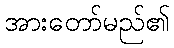
အားတော်မည်၏